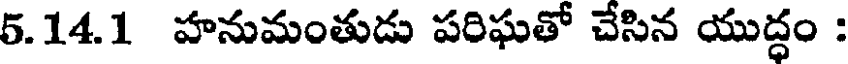
5.14.1 హనుమంతుడు పరిఘతో చేసిన యుద్ధం :